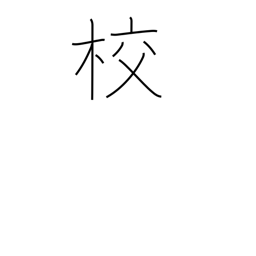
Meaning: printing